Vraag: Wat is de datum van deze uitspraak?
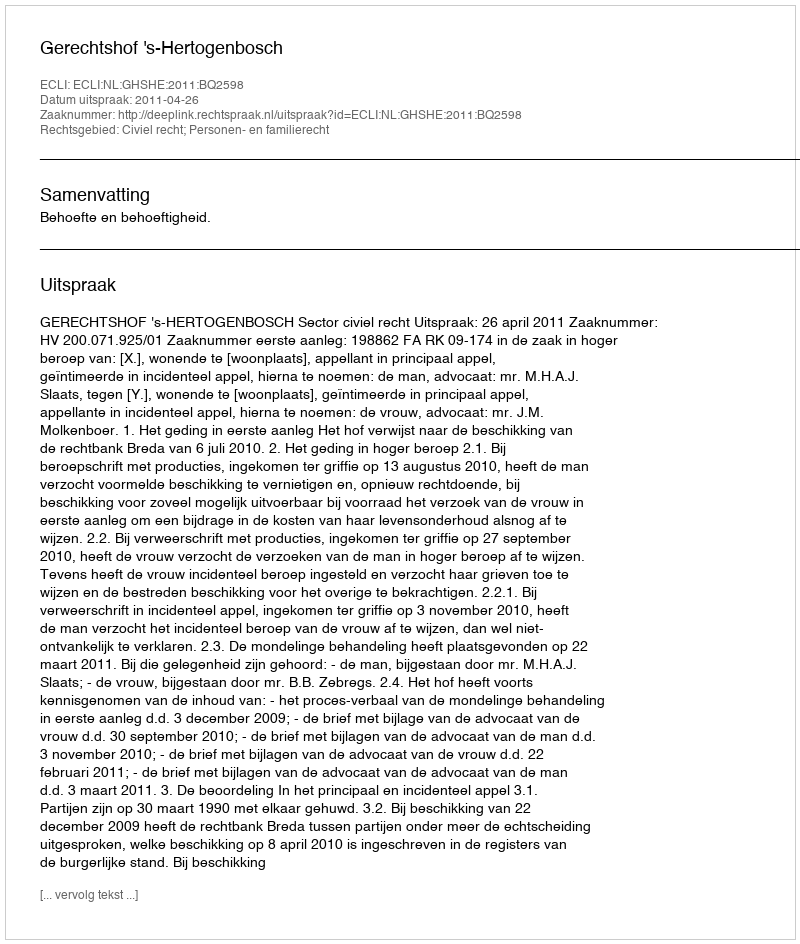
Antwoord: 2011-04-26